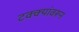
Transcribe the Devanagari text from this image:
टक्‍क्‍यांवरून